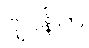
ဂျပန်က